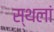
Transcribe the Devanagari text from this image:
स्थलां